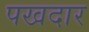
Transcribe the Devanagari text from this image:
पखदार